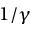
1 / \gamma